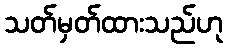
သတ်မှတ်ထားသည်ဟု